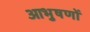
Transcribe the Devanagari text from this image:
आभुषणों